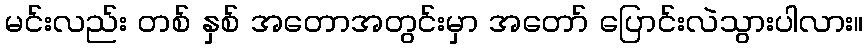
မင်းလည်း တစ် နှစ် အတောအတွင်းမှာ အတော် ပြောင်းလဲသွားပါလား။